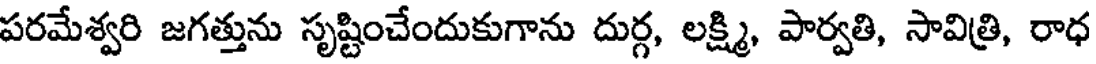
పరమేశ్వరి జగత్తును సృష్టించేందుకుగాను దుర్గ, లక్ష్మి, పార్వతి, సావిత్రి, రాధ